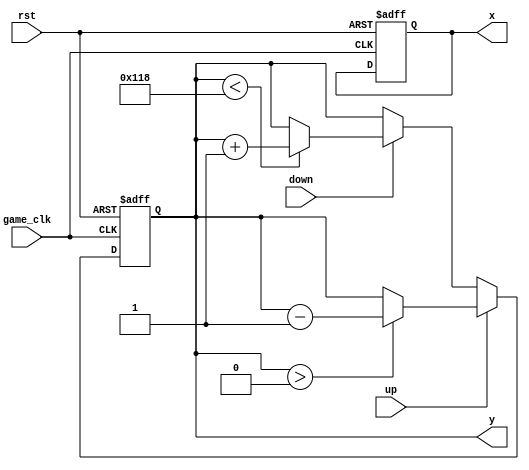
`timescale 1ns / 1ps
//////////////////////////////////////////////////////////////////////////////////
// Company: 
// Engineer: 
// 
// Design Name: 
// Module Name:    player 
// Project Name: 
// Target Devices: 
// Tool versions: 
// Description: 
//
// Dependencies: 
//
// Revision: 
// Revision 0.01 - File Created
// Additional Comments: 
//
//////////////////////////////////////////////////////////////////////////////////
module player#(
		parameter POS_X = 20,
		parameter POS_Y = 200
	)(
		input game_clk,
		input up,
		input down,
		input rst,
		output reg [9:0] x,
		output reg [9:0] y
    );
	 
	 initial begin
		x <= POS_X;
		y <= POS_Y;
	 end
	 
	 always @ (posedge game_clk, posedge rst) begin
		if (rst) begin
			y <= POS_Y;
			x <= POS_X;
		end
		else begin
			if (up) begin
				if (y > 0) begin
					y <= y  - 1;
				end
			end
			else if (down) begin
				if (y < 280) begin
					y <= y + 1;
				end
			end
		end
	 end
	
endmodule